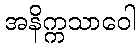
အနိက္ကသာဝေါ